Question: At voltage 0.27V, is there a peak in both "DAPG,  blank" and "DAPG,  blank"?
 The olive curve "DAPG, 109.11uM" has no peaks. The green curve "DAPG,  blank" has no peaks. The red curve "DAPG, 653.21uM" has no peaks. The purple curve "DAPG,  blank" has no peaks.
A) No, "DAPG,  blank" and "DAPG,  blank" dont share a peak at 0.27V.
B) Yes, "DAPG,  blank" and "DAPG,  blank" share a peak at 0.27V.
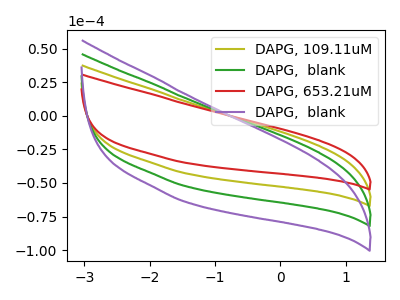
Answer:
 <answer>A) No, "DAPG,  blank" and "DAPG,  blank" dont share a peak at 0.27V.</answer>
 <eval>A</eval>